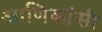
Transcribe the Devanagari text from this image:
आणिकांसी